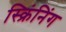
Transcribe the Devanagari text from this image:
स्क्रिंनिंग